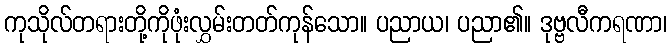
ကုသိုလ်တရားတို့ကိုဖုံးလွှမ်းတတ်ကုန်သော။ ပညာယ၊ ပညာ၏။ ဒုဗ္ဗလီကရဏာ၊